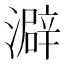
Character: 澼